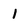
Character: 1